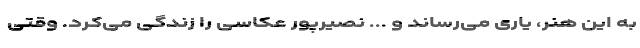
به این هنر، یاری می‌رساند و ... نصیرپور عکاسی را زندگی می‌کرد. وقتی